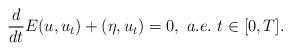
LaTeX: \begin{align*}\frac{d}{dt}E(u,u_t)+(\eta,u_t)=0, \ a.e.\ t\in[0,T].\end{align*}